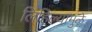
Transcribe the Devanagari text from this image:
लिहिल्यामुळे